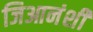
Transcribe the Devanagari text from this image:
जिआनंशी